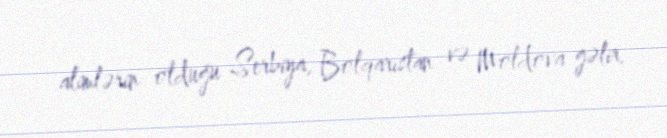
alimlərin olduğu Serbiya, Bolqarıstan və Moldova gəlir.